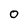
Character: 0